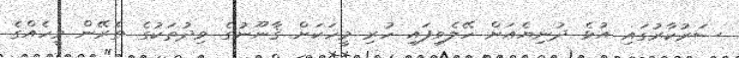
ސަރުކާރުގައި އުޅެ ދުނިޔެއަށް ހޭލެވިފައި ހުރި މީހަކަށް ޤާނޫނުގެ ވިދުތަކުގެ ތެރޭން މީހެއްގެ